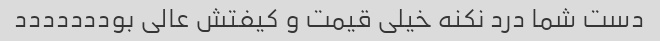
دست شما درد نکنه خیلی قیمت و کیفتش عالی بوددددددد